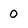
Character: 0